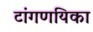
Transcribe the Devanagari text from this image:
टांगणयिका